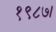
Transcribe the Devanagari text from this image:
१९८७।